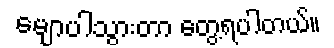
မျောပါသွားတာ တွေ့ရပါတယ်။